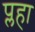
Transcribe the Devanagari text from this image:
प्लहा